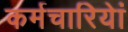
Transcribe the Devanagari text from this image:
कर्मचारियेां